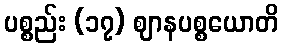
ပစ္စည်း (၁၇) ဈာနပစ္စယောတိ